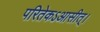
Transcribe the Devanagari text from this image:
परितेकऽआसीत्।